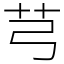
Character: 芎